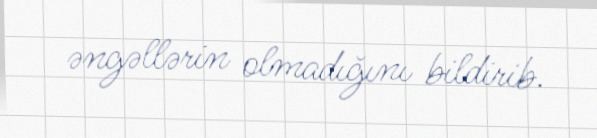
əngəllərin olmadığını bildirib.